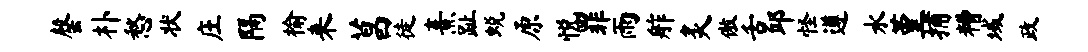
罄朴愁状庄隔榆来菖徒熹趾蜕原悦罪雨舴炙傲舌邱怪遵水堇捕糟域政